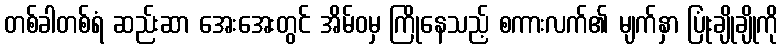
တစ်ခါတစ်ရံ ဆည်းဆာ အေးအေးတွင် အိမ်ဝမှ ကြိုနေသည့် စကားလက်၏ မျက်နှာ ပြုံးချိုချိုကို